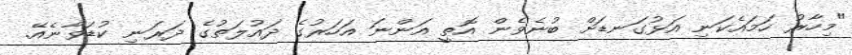
"މިހާރު ހަމައެކަނި އަޅުގަނޑަށް ބުނެވެން އޮތީ އަންނަ އަހަރުގެ ދައުލަތުގެ ދަރަނި ކުޑަވާނެއޭ.